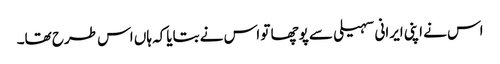
اس نے اپنی ایرانی سہیلی سے پوچھا تو اس نے بتایاکہ ہاں اس طرح تھا۔